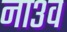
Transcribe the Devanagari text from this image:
ना३व